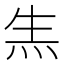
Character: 𤇓